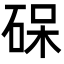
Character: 𮀛